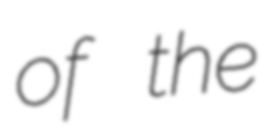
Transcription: of the